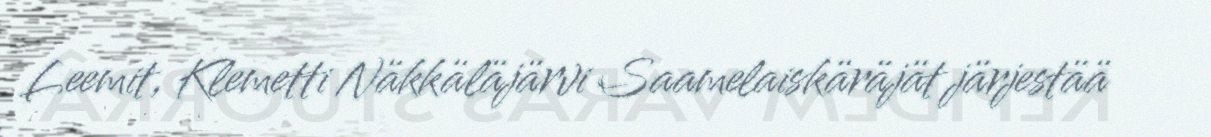
Leemit, Klemetti Näkkäläjärvi Saamelaiskäräjät järjestää